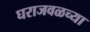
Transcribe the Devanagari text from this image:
घराजवळच्या